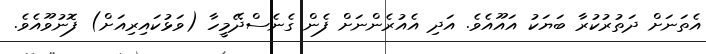
އެތަނަށް ދަތުރުކުރާ ބަޔަކު އައޫއެވެ. އަދި އެއުރެންނަށް ފެން ގެނެސްދޭމީހާ (ވަޅުކައިރިއަށް) ފޮނުވޫއެވެ.